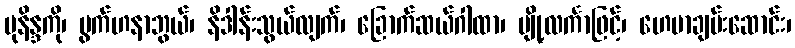
မုနိန္ဒကို၊ ပွက်ဟနာဘွယ်၊ နိဒါန်းသွယ်လျက်၊ ခြောက်ဆယ်ဂါထာ၊ ပျို့လင်္ကာဖြင့်၊ ဟေမာချမ်းဆောင်း၊